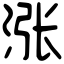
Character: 涨